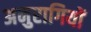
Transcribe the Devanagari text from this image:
अनुरागियों